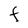
Character: F